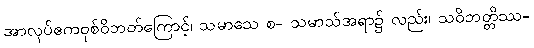
အာလုပ်ဧကဝုစ်ဝိဘတ်ကြောင့်၊ သမာသေ စ- သမာသ်အရာ၌ လည်း၊ သဝိဘတ္တိဿ-